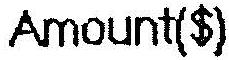
AMOUNT($)